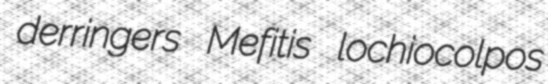
derringers Mefitis lochiocolpos